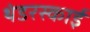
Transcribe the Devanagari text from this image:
थंडरस्काई